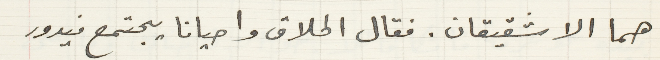
هما الا شقيقان. فقال الحلاق واحيانا يجتمع فيدور